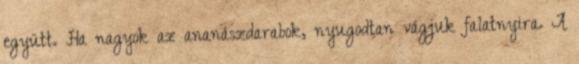
együtt. Ha nagyok az ananászdarabok, nyugodtan vágjuk falatnyira. A